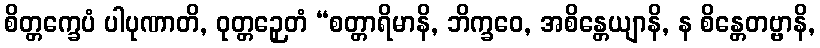
စိတ္တက္ခေပံ ပါပုဏာတိ, ဝုတ္တဉှေတံ “စတ္တာရိမာနိ, ဘိက္ခဝေ, အစိန္တေယျာနိ, န စိန္တေတဗ္ဗာနိ,